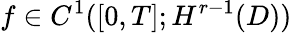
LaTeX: f\in C^{1}([0,T];H^{r-1}(D))